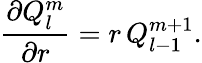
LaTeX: \frac{\partial Q_{l}^{m}}{\partial r}=r\, Q_{l-1}^{m+1}.